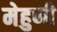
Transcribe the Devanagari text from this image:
मेहुणी